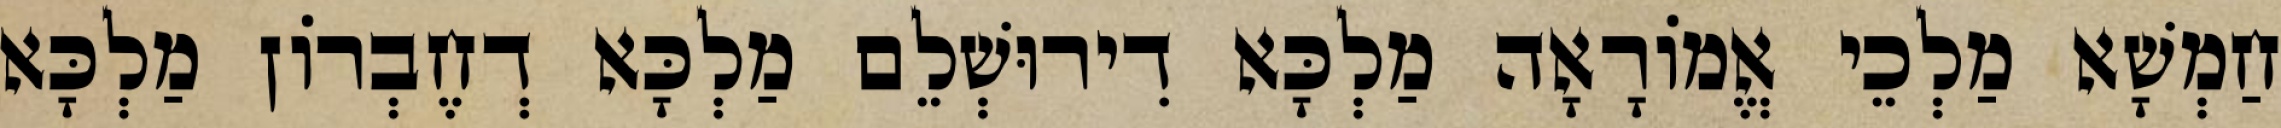
חַמְשָׁא מַלְכֵי אֱמוֹרָאָה מַלְכָּא דִירוּשְׁלֵם מַלְכָּא דְחֶבְרוֹן מַלְכָּא